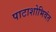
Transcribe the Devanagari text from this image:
पाटाशोभिवंत